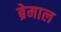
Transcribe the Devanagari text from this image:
ब्रेमाल